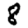
Digit: 8